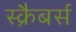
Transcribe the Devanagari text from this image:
स्क्रैबर्स